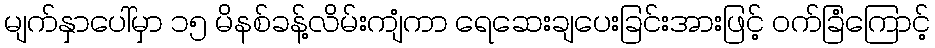
မျက်နှာပေါ်မှာ ၁၅ မိနစ်ခန့်လိမ်းကျံကာ ရေဆေးချပေးခြင်းအားဖြင့် ဝက်ခြံကြောင့်